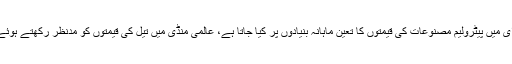
واضح رہے کہ یو اے ای میں پیٹرولیم مصنوعات کی قیمتوں کا تعین ماہانہ بنیادوں پر کیا جاتا ہے، عالمی منڈی میں تیل کی قیمتوں کو مدنظر رکھتے ہوئے تبدیلی لائی جاتی ہے۔